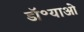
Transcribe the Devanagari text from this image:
डॉ॰याओ